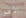
الأمر